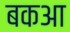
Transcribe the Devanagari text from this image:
बकआ